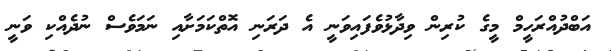
އަބްދުއްރަހީމް މީގެ ކުރިން ވިދާޅުވެފައިވަނީ އެ ދަރަނި އޮތްކަމަށާއި ނަމަވެސް ނުދެއްކި ވަނީ